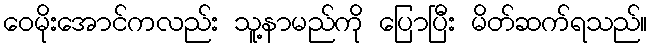
ဝေမိုးအောင်ကလည်း သူ့နာမည်ကို ပြောပြီး မိတ်ဆက်ရသည်။